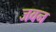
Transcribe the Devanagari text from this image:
जवन